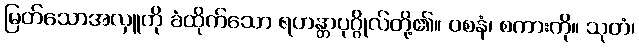
မြတ်သောအလှူကို ခံထိုက်သော ရဟန္တာပုဂ္ဂိုလ်တို့၏။ ဝစနံ၊ စကားကို။ သုတံ၊